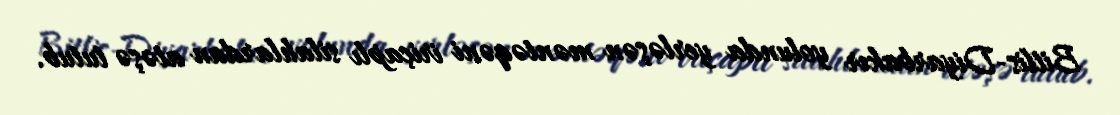
Bitlis-Diyarbakır yolunda yerləşən məntəqəni iriçaplı silahlardan atəşə tutub.